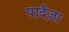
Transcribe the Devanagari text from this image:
पार्देज़ा